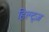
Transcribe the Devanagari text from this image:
हिल्ट्ज़